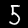
Digit: 5